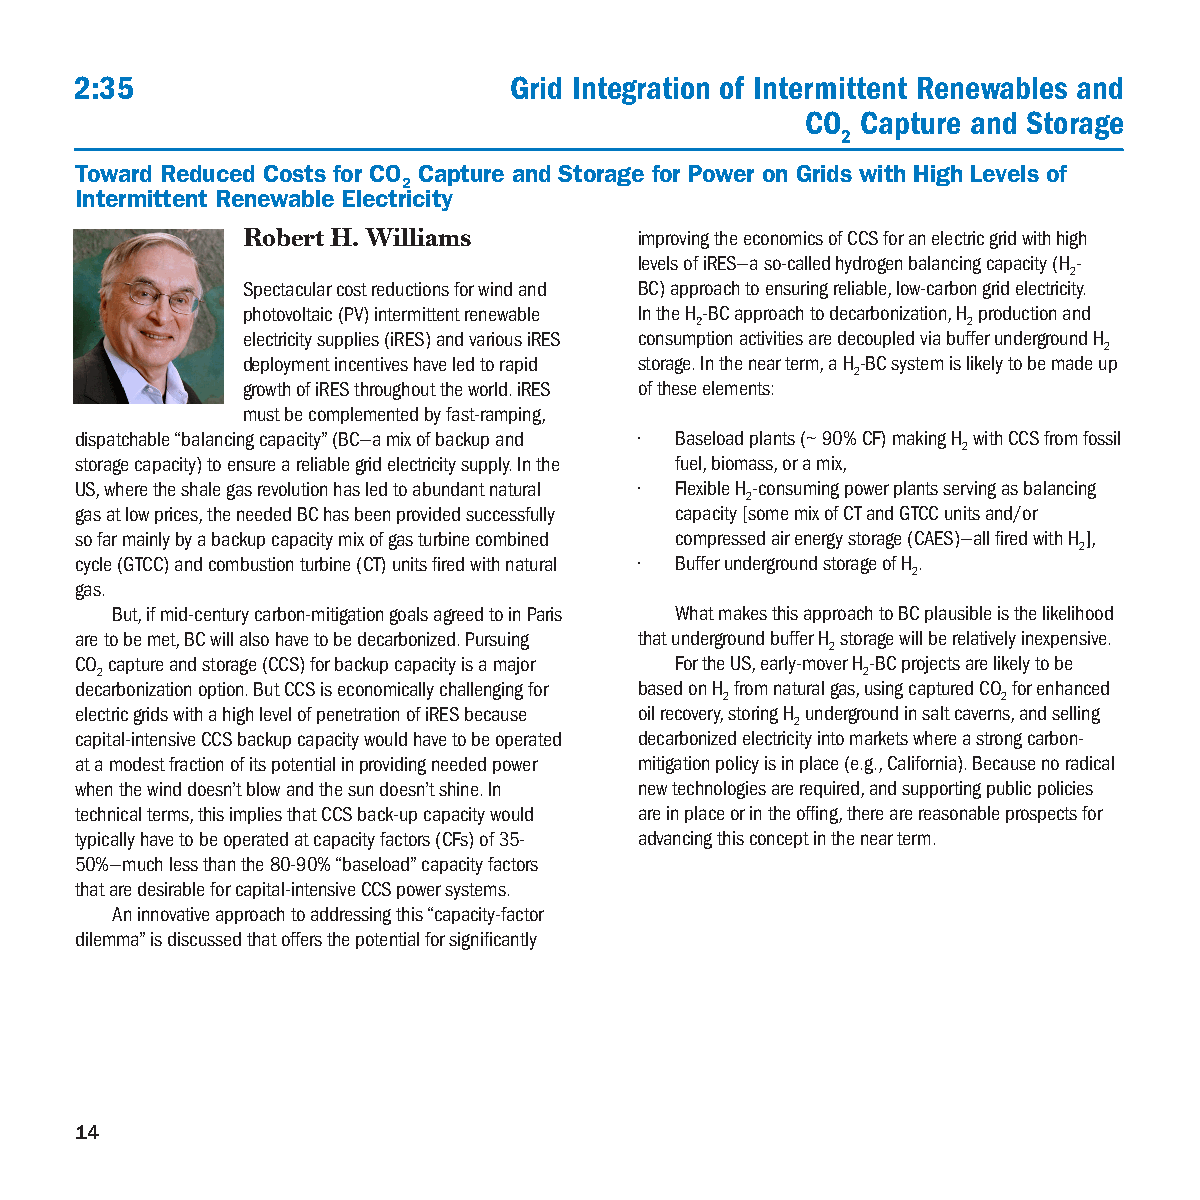
2:35                         Grid Integration of Intermittent Renewables and
 CO  Capture and Storage
 2
 Toward Reduced Costs for CO Capture and Storage for Power on Grids with High Levels of
 2
 Intermittent Renewable Electricity
 Robert H. Williams        improving the economics of CCS for an electric grid with high
 levels of iRES—a so-called hydrogen balancing capacity (H-
 2
 Spectacular cost reductions for wind and BC) approach to ensuring reliable, low-carbon grid electricity.
 photovoltaic (PV) intermittent renewable In the H-BC approach to decarbonization, H production and
 2                 2
 electricity supplies (iRES) and various iRES consumption activities are decoupled via buffer underground H
 2
 deployment incentives have led to rapid storage. In the near term, a H-BC system is likely to be made up
 2
 growth of iRES throughout the world. iRES of these elements:
 must be complemented by fast-ramping,
 dispatchable “balancing capacity” (BC—a mix of backup and • Baseload plants (~ 90% CF) making H with CCS from fossil
 2
 storage capacity) to ensure a reliable grid electricity supply. In the fuel, biomass, or a mix,
 US, where the shale gas revolution has led to abundant natural • Flexible H-consuming power plants serving as balancing
 2
 gas at low prices, the needed BC has been provided successfully capacity [some mix of CT and GTCC units and/or
 so far mainly by a backup capacity mix of gas turbine combined compressed air energy storage (CAES)—all fired with H],
 2
 cycle (GTCC) and combustion turbine (CT) units fired with natural • Buffer underground storage of H.
 2
 gas.
 But, if mid-century carbon-mitigation goals agreed to in Paris What makes this approach to BC plausible is the likelihood
 are to be met, BC will also have to be decarbonized. Pursuing that underground buffer H storage will be relatively inexpensive.
 2
 CO capture and storage (CCS) for backup capacity is a major For the US, early-mover H-BC projects are likely to be
 2                                                  2
 decarbonization option. But CCS is economically challenging for based on H from natural gas, using captured CO for enhanced
 2                 2
 electric grids with a high level of penetration of iRES because oil recovery, storing H underground in salt caverns, and selling
 2
 capital-intensive CCS backup capacity would have to be operated decarbonized electricity into markets where a strong carbon-
 at a modest fraction of its potential in providing needed power mitigation policy is in place (e.g., California). Because no radical
 when the wind doesn’t blow and the sun doesn’t shine. In new technologies are required, and supporting public policies
 technical terms, this implies that CCS back-up capacity would are in place or in the offing, there are reasonable prospects for
 typically have to be operated at capacity factors (CFs) of 35- advancing this concept in the near term.
 50%—much less than the 80-90% “baseload” capacity factors
 that are desirable for capital-intensive CCS power systems.
 An innovative approach to addressing this “capacity-factor
 dilemma” is discussed that offers the potential for significantly
 14